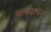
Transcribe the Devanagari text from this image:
बलमापन